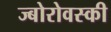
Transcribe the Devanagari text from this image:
ज्बोरोवस्की